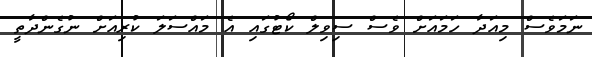
ނަމަވެސް މިއަދާ ހަމައަށް ވެސް ސިވިލް ކޯޓުގައި އެ މައްސަލަ ކުރިއަށް ނުގެންދާތީ